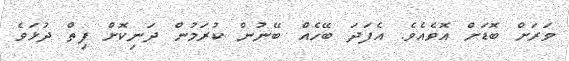
ވަރަށް ބޮޑަށް އޮވެއެވެ. އެފަދަ ބޭހެއް ބޭނުން ކުރަމުން ދަނިކޮށް ފިތް ދުޅަވެ